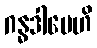
ဂန္ဓဒါမေဟိ